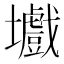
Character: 㚀